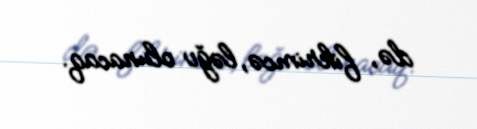
də, fikrimcə, ləğv olunacaq.